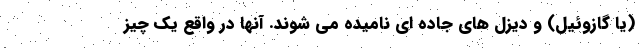
(یا گازوئیل) و دیزل های جاده ای نامیده می شوند. آنها در واقع یک چیز